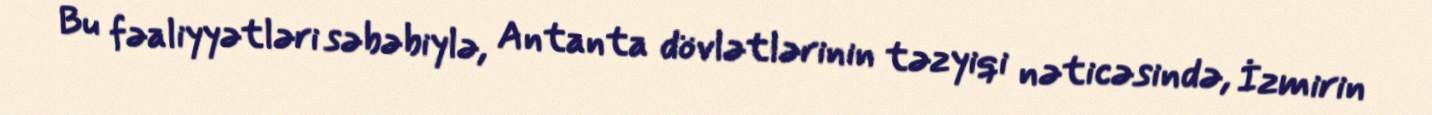
Bu fəaliyyətləri səbəbiylə, Antanta dövlətlərinin təzyiqi nəticəsində, İzmirin